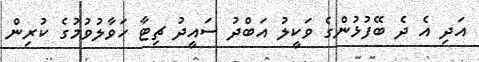
އަދި އެ ދެ ބޭފުޅުންގެ ވަކީލު އަބްދު ސައީދު ޗިޓާ ހަވާލުވުމުގެ ކުރިން